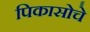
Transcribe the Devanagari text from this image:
पिकासोचे